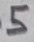
Text: 5